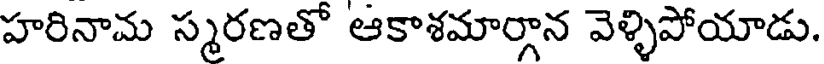
హరినామ స్మరణతో ఆకాశమార్గాన వెళ్ళిపోయాడు.